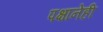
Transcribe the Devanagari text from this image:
पक्षानेही